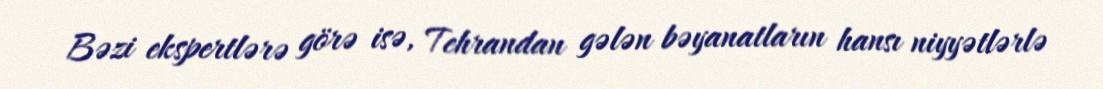
Bəzi ekspertlərə görə isə, Tehrandan gələn bəyanatların hansı niyyətlərlə